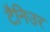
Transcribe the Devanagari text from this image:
टैनिउर